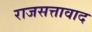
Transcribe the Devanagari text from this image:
राजसत्तावाद